Annual report of the Punjab Veterinary College and of the Civil Veterinary Department, Punjab - 1909-1919
Year: 1909
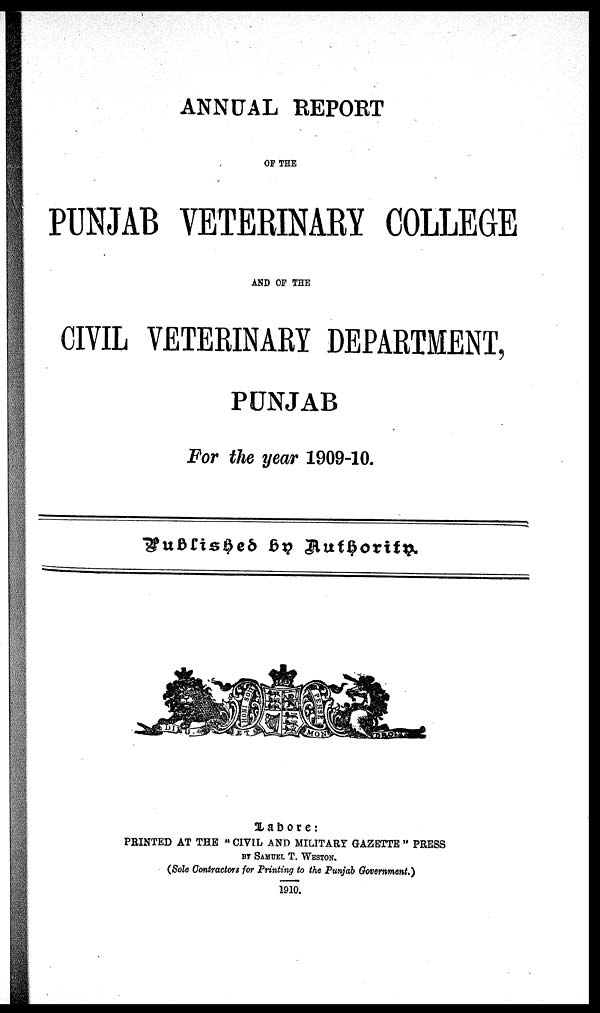
ANNUAL REPORT
OF THE
PUNJAB VETERINARY COLLEGE
AND OF THE
CIVIL VETERINARY DEPARTMENT,
PUNJAB
For the year 1909-10.
Published by Authority.
Lahore:
PRINTED AT THE " CIVIL AND MILITARY GAZETTE " PRESS
BY SAMUEL T. WESTON.
(Sole Contractors for Printing to the Punjab Government.)
1910.